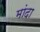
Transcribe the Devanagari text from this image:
मांदा